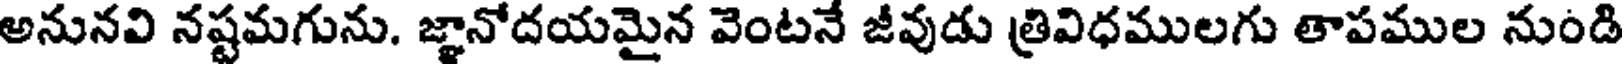
అనునవి నష్టమగును. జ్ఞానోదయమైన వెంటనే జీవుడు త్రివిధములగు తాపముల నుండి